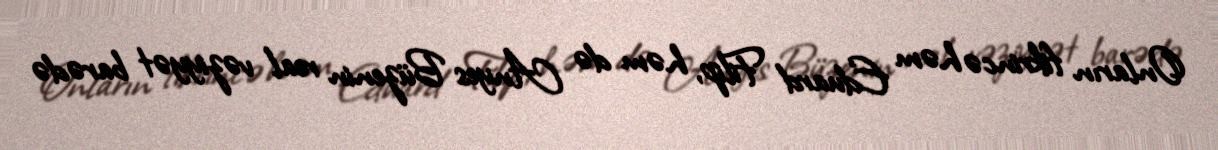
Onların fikrincə həm Eduard Filip, həm də Anyes Büzenin real vəziyyət barədə